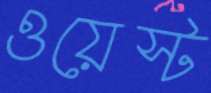
ওয়েস্ট